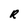
Character: R